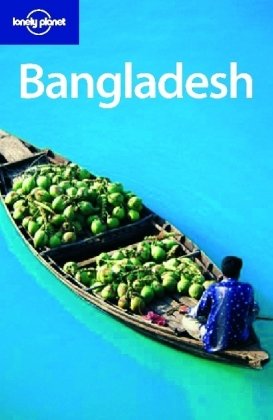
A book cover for Lonely Planet Bangladesh (Country Guide); Marika McAdam; Travel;